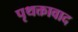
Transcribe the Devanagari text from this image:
पृथक्तावाद